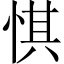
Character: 㥍